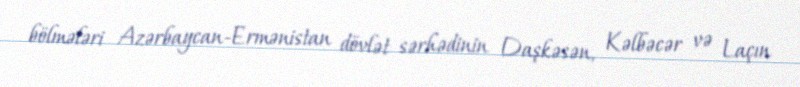
bölmələri Azərbaycan-Ermənistan dövlət sərhədinin Daşkəsən, Kəlbəcər və Laçın